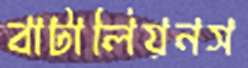
বাটালিয়নস